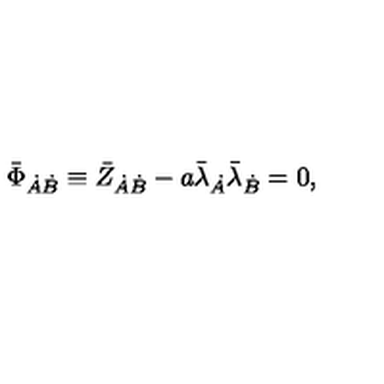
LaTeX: \bar { \Phi } _ { \dot { A } \dot { B } } \equiv \bar { Z } _ { \dot { A } \dot { B } } - a \bar { \lambda } _ { \dot { A } } \bar { \lambda } _ { \dot { B } } = 0 ,